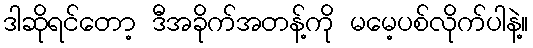
ဒါဆိုရင်တော့ ဒီအခိုက်အတန့်ကို မမေ့ပစ်လိုက်ပါနဲ့။